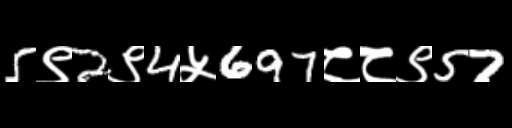
Text: 5९2९4५697८८९57